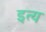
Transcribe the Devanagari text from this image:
इत्य